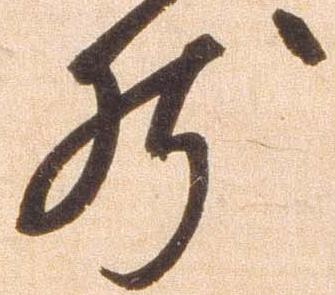
然